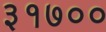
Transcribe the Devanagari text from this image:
३१७००